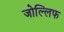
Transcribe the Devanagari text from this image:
जोल्लिफ